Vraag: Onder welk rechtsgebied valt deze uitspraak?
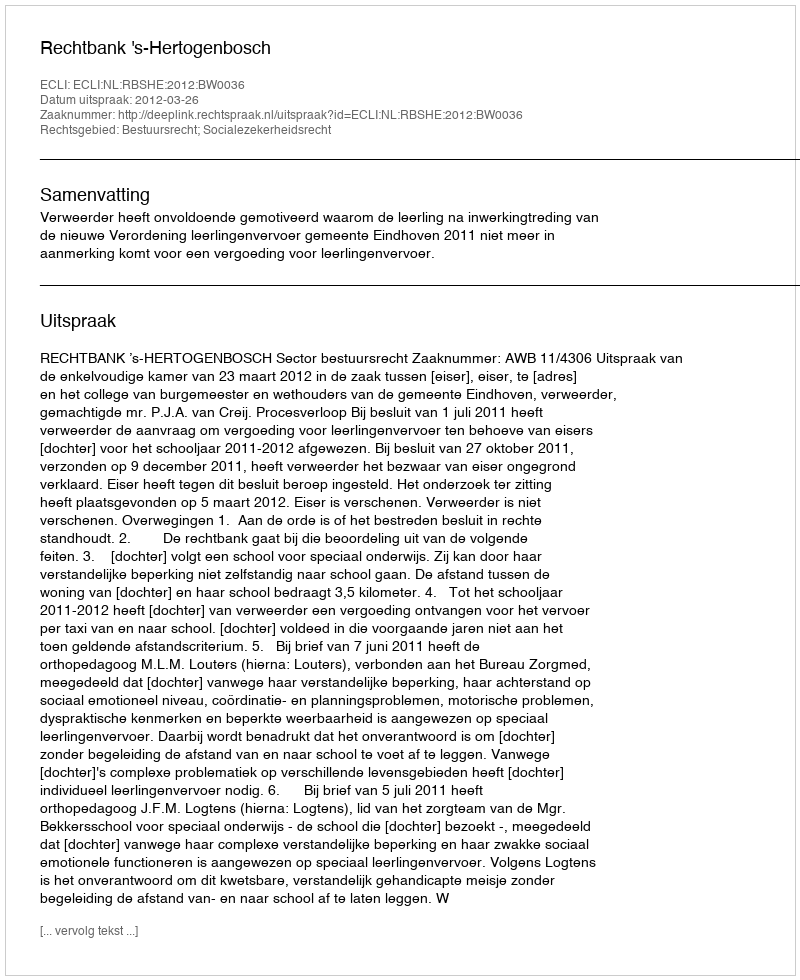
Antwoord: Bestuursrecht; Socialezekerheidsrecht